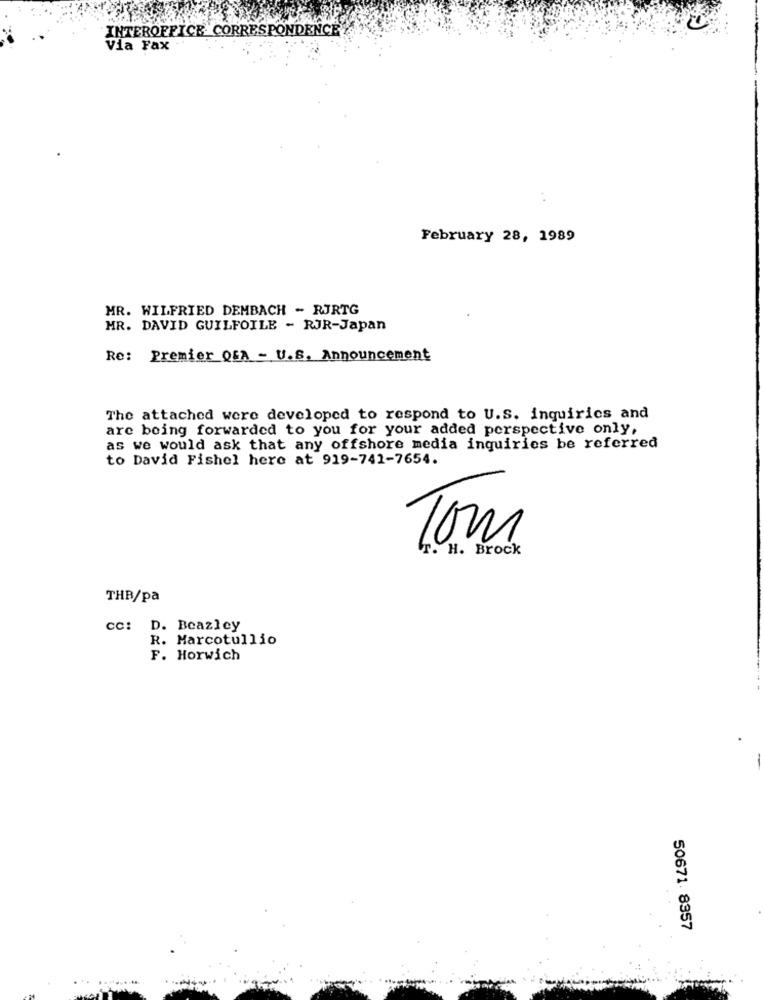
INTEROFFICE CORRESPONDENCE
Via Fax
February 28, 1989
MR. WILFRIED DEMBACH - RJRTG
MR. DAVID GUILFOILE - RJR-Japan
Re: Premier QSA - U.S. Announcement
The attached were developed to respond to U.S. inquiries and
are being forwarded to you for your added perspective only,
as we would ask that any offshore media inquiries be referred
to David Fishel here at 919-741-7654.
Tom
T. H. Brock
THB/pa
cc: D. Beazley
R. Marcotullio
F. Horwich
50671 8357